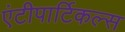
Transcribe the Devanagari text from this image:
एंटीपार्टिकल्स